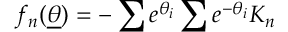
f _ { n } ( \underline { { { \theta } } } ) = - \sum e ^ { \theta _ { i } } \sum e ^ { - \theta _ { i } } K _ { n }